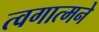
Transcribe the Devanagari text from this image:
त्वगात्मने